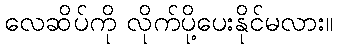
လေဆိပ်ကို လိုက်ပို့ပေးနိုင်မလား။